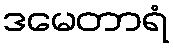
ဒမေတာရံ